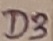
Text: D3